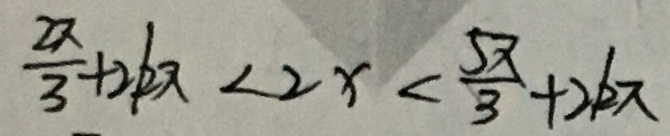
\frac { x } { 3 } + 2 k \pi < 2 x < \frac { 5 \pi } { 3 } + 2 k \pi